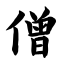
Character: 僧